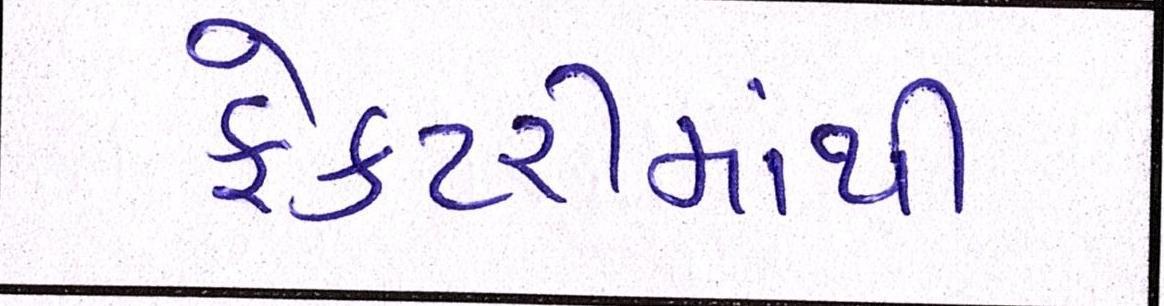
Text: ફેકટરીમાંથી